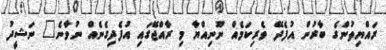
ރައްޔިތުންގެ ބާރުން އުފެދޭ ވެރިކަމެއް ނޫނިއްޔާ މި ރާއްޖޭގައި އުފެދިގެނެއް ނުވާނެ" ނަޝީދު